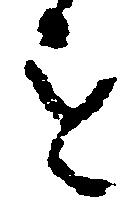
を